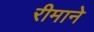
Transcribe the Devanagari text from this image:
रीमाने